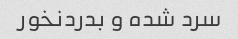
سرد شده و بدردنخور